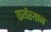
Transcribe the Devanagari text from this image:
कर्यस्थान